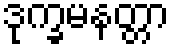
ဒုက္ခမနတ္တာ